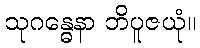
သုဂန္ဓေနာ ဘိပူဇယုံ။